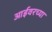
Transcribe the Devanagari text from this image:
आईवरच्या